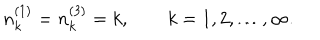
n _ { k } ^ { ( 1 ) } = n _ { k } ^ { ( 3 ) } = k , \qquad k = 1 , 2 , \ldots , \infty .